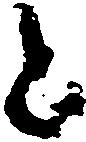
と